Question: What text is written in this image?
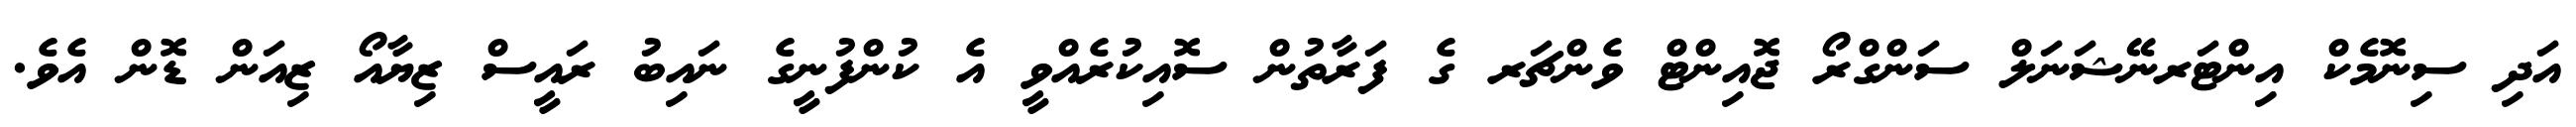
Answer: އަދި ސިނޮމެކް އިންޓަރނޭޝަނަލް ސަންގްރޯ ޖޮއިންޓް ވެންޗަރ ގެ ފަރާތުން ސޮއިކުރެއްވީ އެ ކުންފުނީގެ ނައިބު ރައީސް ޒިޔާއޯ ޒިއަން ޑޮން އެވެ.